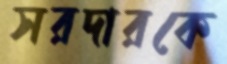
সরদারকে